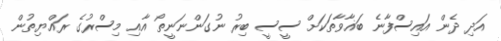
އަދި ދެން އައިސްފާނެ ބަޣާވާތަކަށް ސީސީ ބިރު ނުގަންނަނީތޯ އާއި މިސްރުގެ ރައްޔިތުން